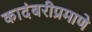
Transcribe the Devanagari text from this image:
कादंबरीप्रमाणे